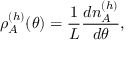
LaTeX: \rho _ { A } ^ { ( h ) } ( \theta ) = \frac { 1 } { L } \frac { d n _ { A } ^ { ( h ) } } { d \theta } ,